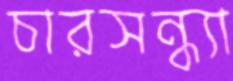
চারসন্ধ্যা